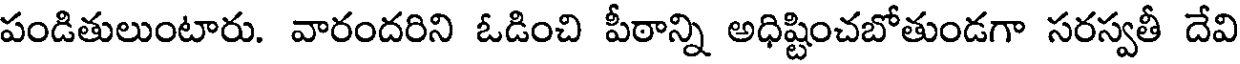
పండితులుంటారు. వారందరిని ఓడించి పీఠాన్ని అధిష్టించబోతుండగా సరస్వతీ దేవి